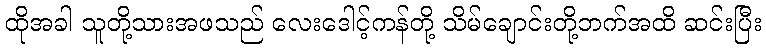
ထိုအခါ သူတို့သားအဖသည် လေးဒေါင့်ကန်တို့ သိမ်ချောင်းတို့ဘက်အထိ ဆင်းပြီး